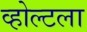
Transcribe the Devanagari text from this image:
व्होल्टला